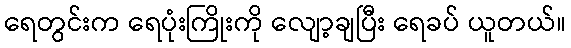
ရေတွင်းက ရေပုံးကြိုးကို လျော့ချပြီး ရေခပ် ယူတယ်။